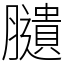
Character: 䑊